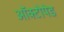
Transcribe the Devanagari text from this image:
ऑक्टोपेड